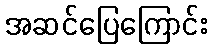
အဆင်ပြေကြောင်း